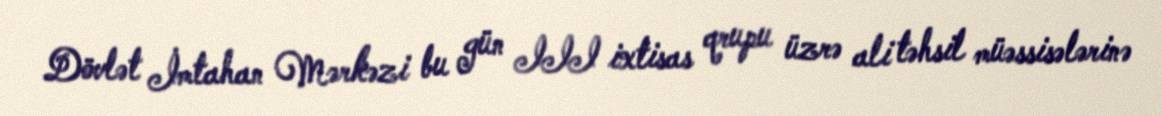
Dövlət İmtahan Mərkəzi bu gün III ixtisas qrupu üzrə ali təhsil müəssisələrinə